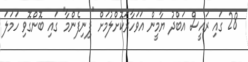
28 ގައި ރައީސް އަބްދު ޔާމީން އަވަހާރަކޮށްލުމަށް "ފިނިފެންމާ" ގައި ބޮންގޮވި ހަމަލަ